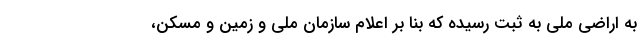
به اراضی ملی به ثبت رسیده که بنا بر اعلام سازمان ملی و زمین و مسکن،